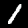
Digit: 1